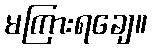
မကြားရချေ။